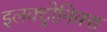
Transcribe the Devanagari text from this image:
इलक्ट्रोनिक्स